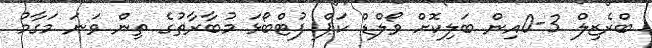
ބްރެޒިލް 3-0އިން ބަލިކޮށް ވޯލްޑް ކަޕް ފުޓްބޯޅަ މުބާރާތުގެ ތިން ވަނަ މަގާމު